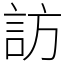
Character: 訪